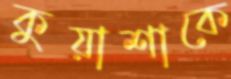
কুয়াশাকে